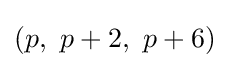
(p,\ p+2,\ p+6)